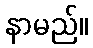
နာမည်။